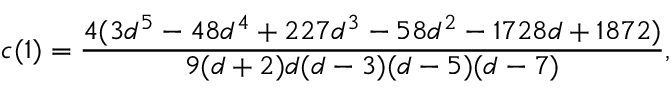
c ( 1 ) = \frac { 4 ( 3 d ^ { 5 } - 4 8 d ^ { 4 } + 2 2 7 d ^ { 3 } - 5 8 d ^ { 2 } - 1 7 2 8 d + 1 8 7 2 ) } { 9 ( d + 2 ) d ( d - 3 ) ( d - 5 ) ( d - 7 ) } ,